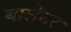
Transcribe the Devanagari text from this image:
बालेघर